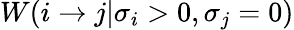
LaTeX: W(i\to j|\sigma_{i}>0,\sigma_{j}=0)